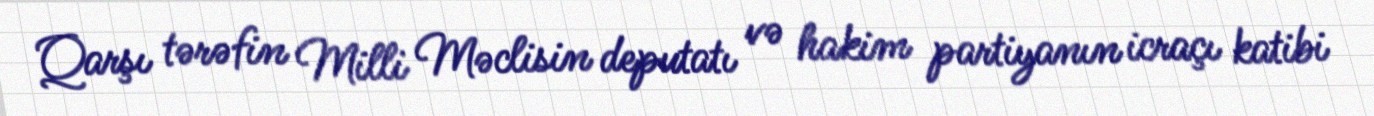
Qarşı tərəfin Milli Məclisin deputatı və hakim partiyanın icraçı katibi